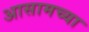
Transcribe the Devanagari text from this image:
अासामच्या